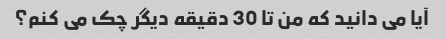
آیا می دانید که من تا 30 دقیقه دیگر چک می کنم؟